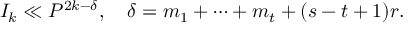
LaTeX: I _ { k } \ll P ^ { 2 k - \delta } , \quad \delta = m _ { 1 } + \dots + m _ { t } + ( s - t + 1 ) r .